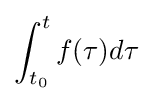
\int _{t_{0}}^{t}f(\tau )d\tau